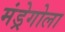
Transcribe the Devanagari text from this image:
मंड्रेगोला